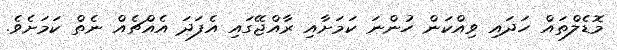
މޮޑެލްތައް ހަދައި ވިއްކަން ހުންނަ ކަމަށާއި ރާއްޖޭގައި އެފަދަ އެއްޗެއް ނެތް ކަމަށެވެ.